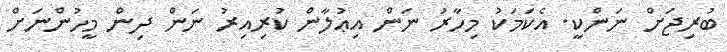
ބުރިޖަށް ނަންކީ. އެކަމަކު މިހާރު ނަން އިޢުލާން ކުރިއިރު ނަން ދިން މީހުންނަށް